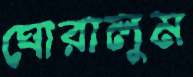
ঘোরালুম